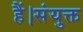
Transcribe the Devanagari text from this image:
हैं।संयुक्त